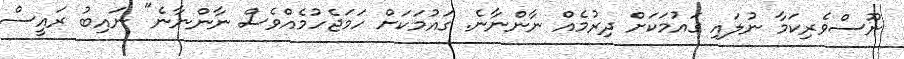
ނޫސްވެރިކަމާ ނުލައި ގައުމަކަށް ދިރުމެއް ނާންނާނެ. ގައުމަކަށް ހަމަޖެހުމެއްވެސް ނާންނާނެ" ނައިބު ރައީސް